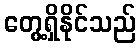
တွေ့ရှိနိုင်သည်